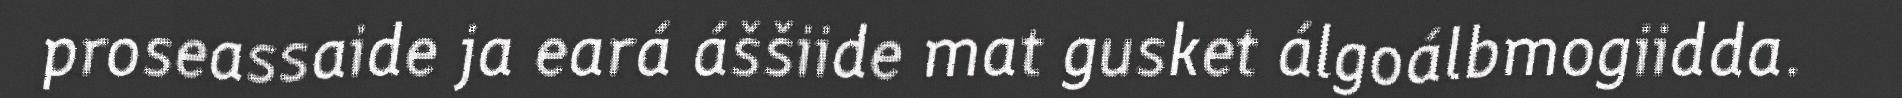
proseassaide ja eará áššiide mat gusket álgoálbmogiidda.